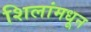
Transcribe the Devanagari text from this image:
शिलांमधून